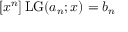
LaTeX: [ x ^ { n } ] \operatorname { L G } ( a _ { n } ; x ) = b _ { n }